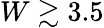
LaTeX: W\gtrsim 3.5